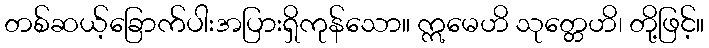
တစ်ဆယ့်ခြောက်ပါးအပြားရှိကုန်သော။ ဣမေဟိ သုတ္တေဟိ၊ တို့ဖြင့်။